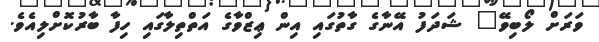
ވަރަށް ލޯބިވޭ" ޝަދަފު އޭނާގެ ގާތުގައި އިން ޢިޒްވާގެ އަތްތިލާގައި ހިފާ ބާރުކޮށްލިއެވެ.